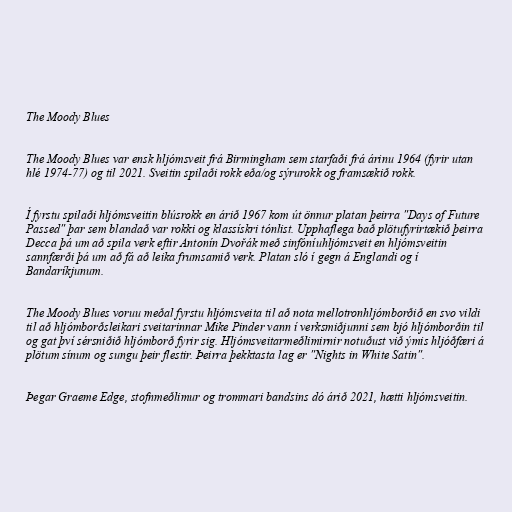
The Moody Blues

The Moody Blues var ensk hljómsveit frá Birmingham sem starfaði frá árinu 1964 (fyrir utan
hlé 1974-77) og til 2021. Sveitin spilaði rokk eða/og sýrurokk og framsækið rokk.

Í fyrstu spilaði hljómsveitin blúsrokk en árið 1967 kom út önnur platan þeirra "Days of Future
Passed" þar sem blandað var rokki og klassískri tónlist. Upphaflega bað plötufyrirtækið þeirra
Decca þá um að spila verk eftir Antonín Dvořák með sinfóníuhljómsveit en hljómsveitin
sannfærði þá um að fá að leika frumsamið verk. Platan sló í gegn á Englandi og í
Bandaríkjunum.

The Moody Blues voruu meðal fyrstu hljómsveita til að nota mellotronhljómborðið en svo vildi
til að hljómborðsleikari sveitarinnar Mike Pinder vann í verksmiðjunni sem bjó hljómborðin til
og gat því sérsniðið hljómborð fyrir sig. Hljómsveitarmeðlimirnir notuðust við ýmis hljóðfæri á
plötum sínum og sungu þeir flestir. Þeirra þekktasta lag er "Nights in White Satin".

Þegar Graeme Edge, stofnmeðlimur og trommari bandsins dó árið 2021, hætti hljómsveitin.